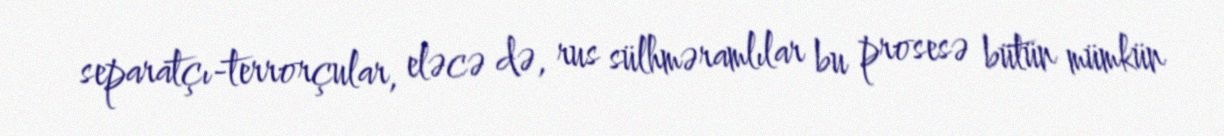
separatçı-terrorçular, eləcə də, rus sülhməramlılar bu prosesə bütün mümkün